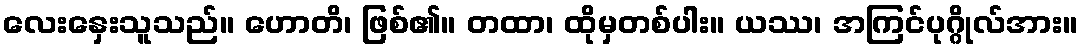
လေးနှေးသူသည်။ ဟောတိ၊ ဖြစ်၏။ တထာ၊ ထိုမှတစ်ပါး။ ယဿ၊ အကြင်ပုဂ္ဂိုလ်အား။